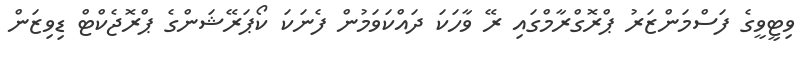
ވިޓީވީގެ ފަސްމަންޒަރު ޕްރޮގްރާމްގައި ރޭ ވާހަކަ ދައްކަވަމުން ފެނަކަ ކޯޕަރޭޝަންގެ ޕްރޮޖެކްޓް ޑިވިޒަން